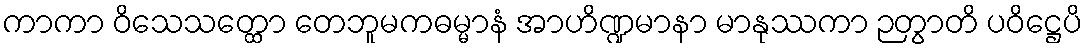
ကာကာ ဝိသေသတ္ထော တေဘူမကဓမ္မာနံ အာဟိဏ္ဍမာနာ မာနုဿကာ ဉတွာတိ ပဝိဋ္ဌေပိ